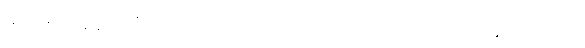
သေဆုံးခဲ့ချိန်မှာ ဒီရောဂါပိုးကို ပထမဆုံးအကြိမ် တွေ့ရှိခဲ့တာ ဖြစ်ပါတယ်။